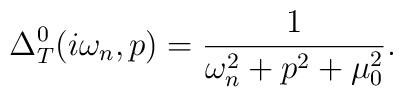
\Delta_T^0(i\omega_n,p)=\frac{1}{\omega_n^2+p^2+\mu_0^2} .